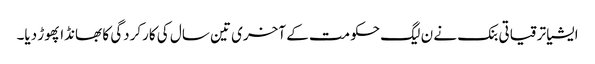
ایشیا ترقیاتی بنک نے ن لیگ حکومت کے آخری تین سال کی کارکردگی کا بھانڈا پھوڑ دیا۔